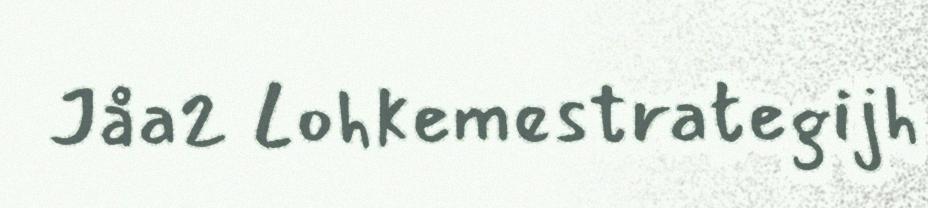
Jåa2 Lohkemestrategijh